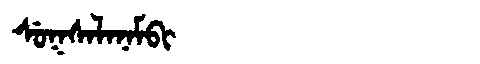
Manchu: ᠰᡠᡴᠰᠠᠯᠠᠨᠠᠮᠪᡳ
Romanization: SUKSALANAMBI